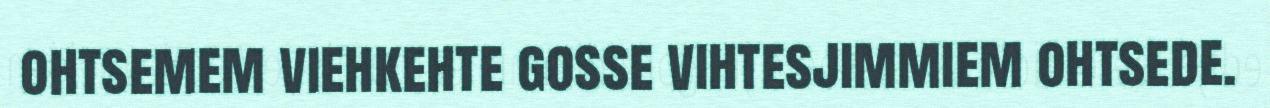
ohtsemem viehkehte gosse vihtesjimmiem ohtsede.